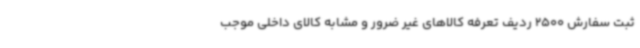
ثبت سفارش 2500 ردیف تعرفه کالاهای غیر ضرور و مشابه کالای داخلی موجب